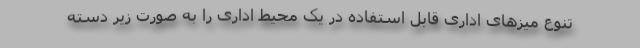
تنوع میزهای اداری قابل استفاده در یک محیط اداری را به صورت زیر دسته